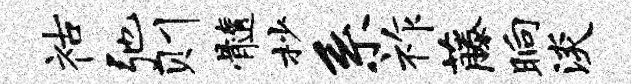
祜弛则髓杪系祚藤晌淡